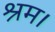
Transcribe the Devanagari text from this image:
श्रम।